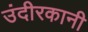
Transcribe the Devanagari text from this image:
उंदीरकानी